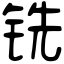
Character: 铣